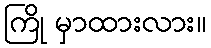
ကြို မှာထားလား။